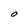
Character: O